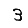
Digit: 3